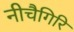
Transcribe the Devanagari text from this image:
नीचैगिरि